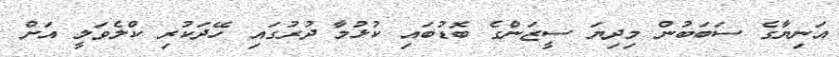
އަނިޔާގެ ސަބަބުން މިދިޔަ ސީޒަންގެ ބޮޑުބައި ކުޅުމާ ދުރުގައި ހޭދަކުރި ކްލެވަލީ އަށް